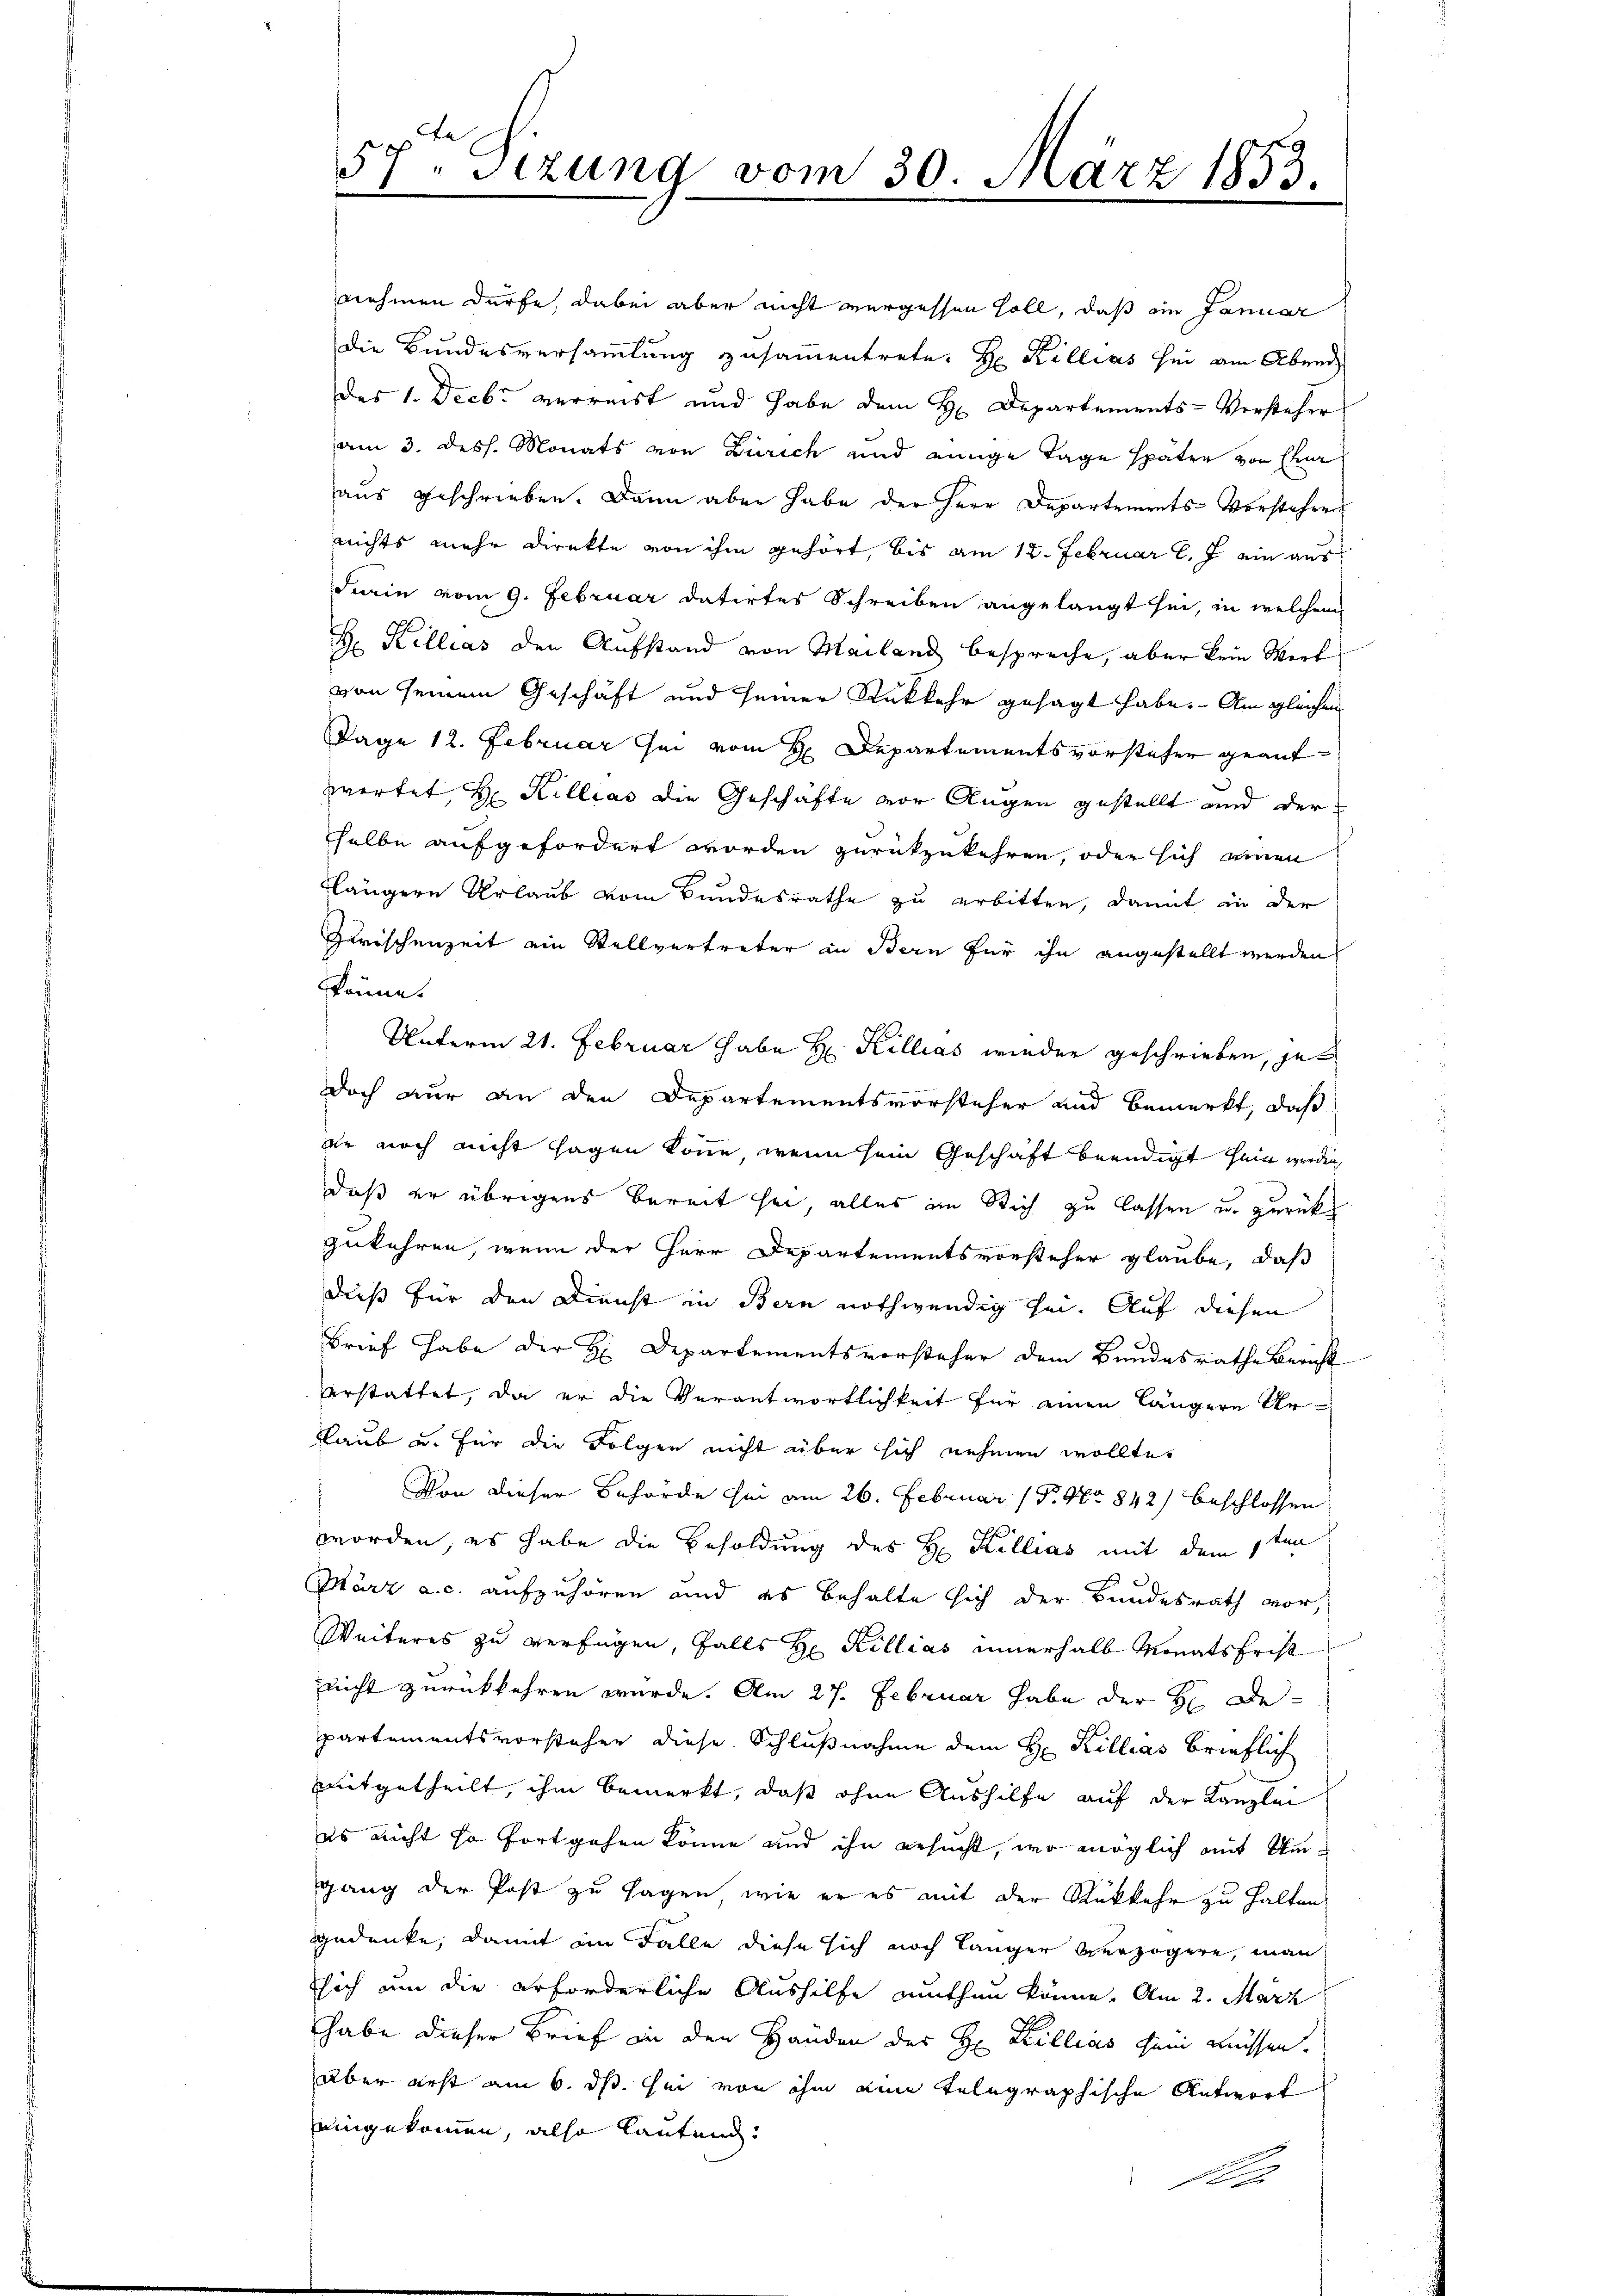
57. Sitzung vom 30. März 1853.

nehmen dürfe, dabei aber nicht vergessen soll, daß ein Januar
die Bundesversammlung zusammentrete. Hr. Killias sei am Abende
des 1. Decbr verreist und habe dem H. Departements-Versteher
am 3. dess. Monats von Zürich und einige Tage später von Ehr
aus geschrieben. Dann aber habe der Herr Departements-Vorsteher
nichts mehr Direkte von ihm gehört, bis am 12. Februar l. J. ein aus
darin vom 9. Februar datirtes Schreiben angelangt sei, in welchem
H Killias den Aufstand von Mailand bespreche, aber kein Wirt
von seinem Geschäft und seiner Rückkehr gesagt habe. Am gleichen
Tage 12. Februar sei vom H. Departementsvorsteher geantwortet, Hr. Killias die Geschäfte vor Augen gestellt und der
halbe aufgefordert worden zurückzukehren, oder sich einen
tlängern Urlaub vom Bundesrathe zu erbitten, damit in der
Zwischenzeit ein Stellvertreter in Bern für ihn angestellt werden
könne.
Unterm 21. Februar habe H. Killias wieder geschrieben, jet
doch nur an den Departementsvorsteher und bemerkt, daß
Dr noch nicht sagen könne, wenn sein Geschäft beendigt sein werden,
daß er übrigens bereit sei, alles im Rich zu lassen u. zurück
zukehren, wenn der Herr Departementsvorsteher glaube, daß
dieß für den Dienst in Bern nothwendig sei. Auf diesen
Brief habe der H. Departementsvorsteher dem Bundesrathe Bericht
erstattet, da er die Verantwortlichkeit für einen längere Urlaub u. für die Folgen nicht über sich nehmen wollte,
Von dieser Behörde sei am 26. Februar (P. Nr. 842) beschlossen
worden, es habe die Besoldung des H. Killias mit dem 1ten
März a. c. aufzuhören und es behalte sich der Bundesrath vor,
Weiteres zu verfügen, falls H Pillias innerhalb Monatsfrist
nicht zurückkehren wurde. Am 27. Februar habe der Hr. Departementsvorsteher diese Schlußnahme dem H. Killias brieflich
mitgetheilt, ihm bemerkt, daß ohne Aushilfe auf der Kanzlei
es nicht so fortgehen könne und ihn besucht, wo möglich mit Umgang der Post zu sagen, wie er es mit der Rükkehr zu halten
gedenke, damit im Falle diese sich noch länger verzögere, man
sich um die erforderliche Aushilfe authen könne. Am 2. März
habe dieser Brief in den Handen des H. Zillias sein müssen.
aber erst am 6. ds. sei von ihm eine telegraphische Antwort
eingekommen, also lautend
1